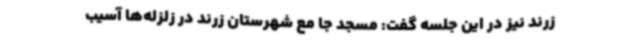
زرند نیز در این جلسه گفت: مسجد جا مع شهرستان زرند در زلزله‌ها آسیب